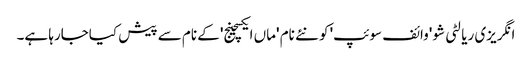
انگریزی ریالٹی شو 'وائف سوئپ' کو نئے نام 'ماں ایکسچینج' کے نام سے پیش کیاجارہا ہے۔